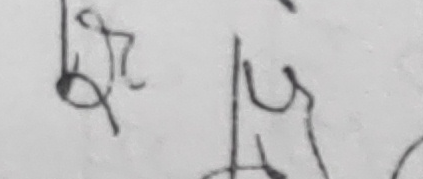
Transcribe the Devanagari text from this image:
बटाकु